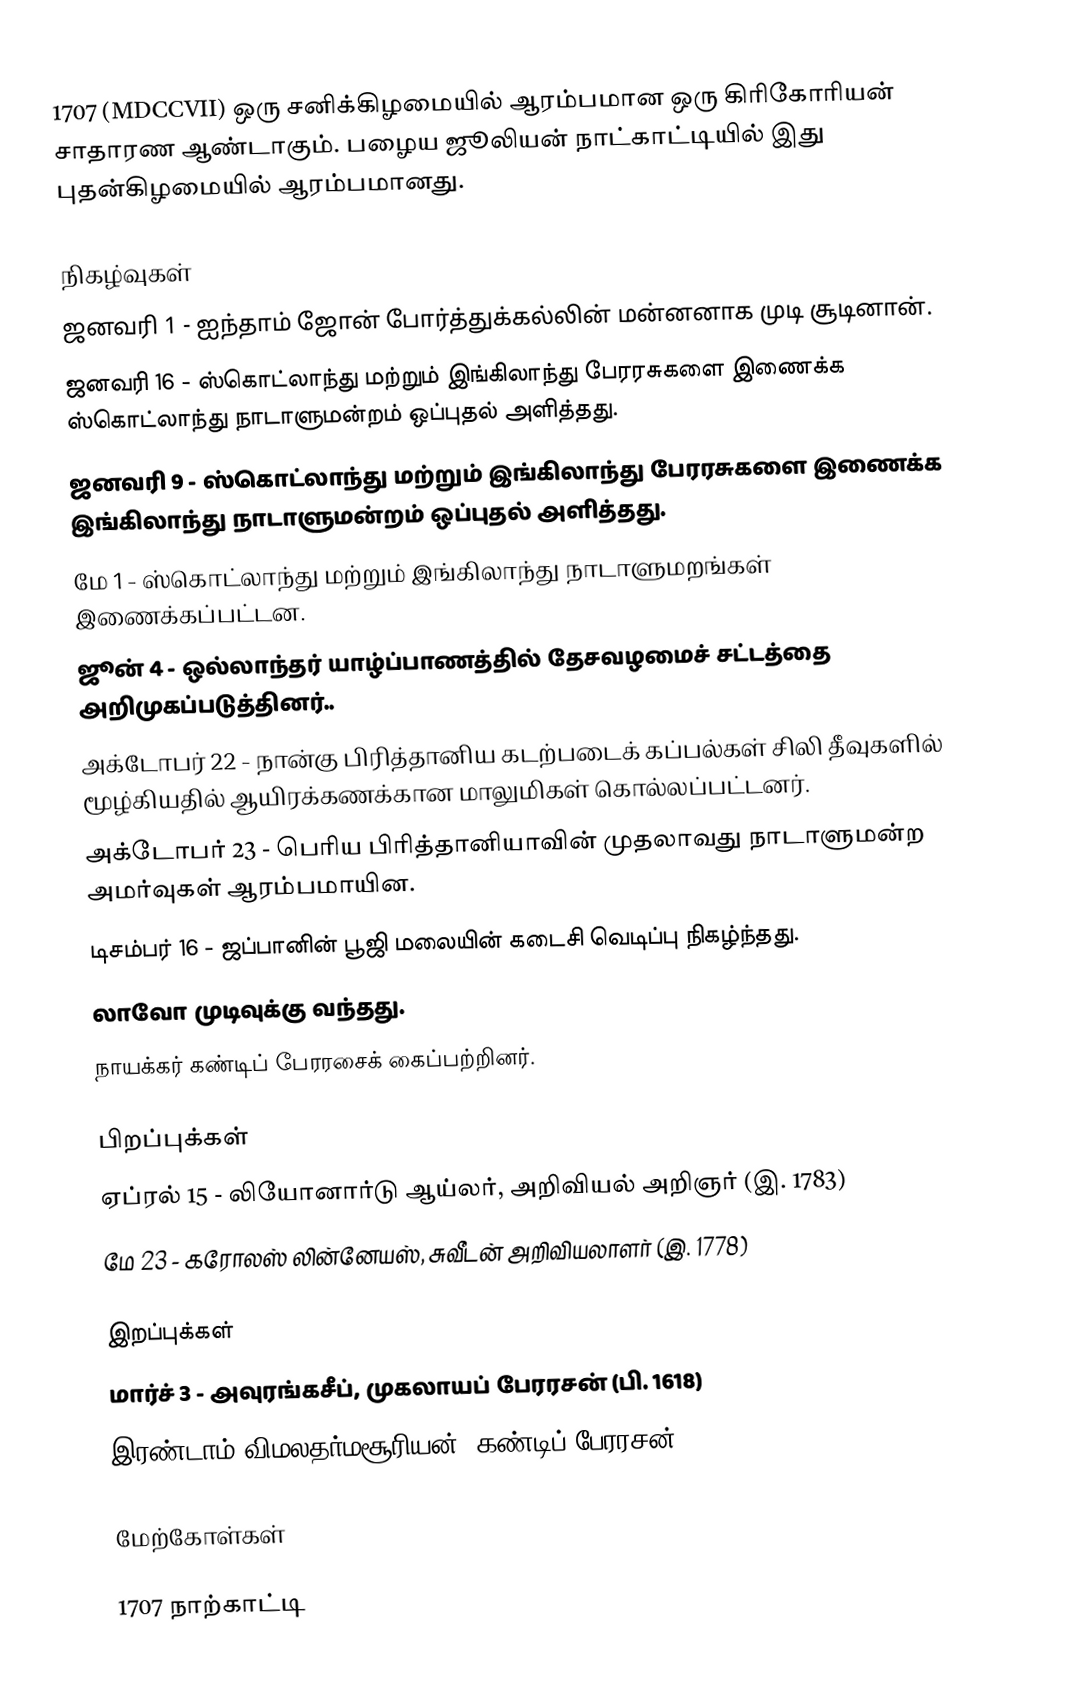
1707 (MDCCVII) ஒரு சனிக்கிழமையில் ஆரம்பமான ஒரு கிரிகோரியன் சாதாரண ஆண்டாகும். பழைய ஜூலியன் நாட்காட்டியில் இது புதன்கிழமையில் ஆரம்பமானது.

நிகழ்வுகள்
 ஜனவரி 1 - ஐந்தாம் ஜோன் போர்த்துக்கல்லின் மன்னனாக முடி சூடினான்.
 ஜனவரி 16 - ஸ்கொட்லாந்து மற்றும் இங்கிலாந்து பேரரசுகளை இணைக்க ஸ்கொட்லாந்து நாடாளுமன்றம் ஒப்புதல் அளித்தது.
 ஜனவரி 9 - ஸ்கொட்லாந்து மற்றும் இங்கிலாந்து பேரரசுகளை இணைக்க இங்கிலாந்து நாடாளுமன்றம் ஒப்புதல் அளித்தது.
 மே 1 - ஸ்கொட்லாந்து மற்றும் இங்கிலாந்து நாடாளுமறங்கள் இணைக்கப்பட்டன.
 ஜூன் 4 - ஒல்லாந்தர் யாழ்ப்பாணத்தில் தேசவழமைச் சட்டத்தை அறிமுகப்படுத்தினர்..
 அக்டோபர் 22 - நான்கு பிரித்தானிய கடற்படைக் கப்பல்கள் சிலி தீவுகளில் மூழ்கியதில் ஆயிரக்கணக்கான மாலுமிகள் கொல்லப்பட்டனர்.
 அக்டோபர் 23 - பெரிய பிரித்தானியாவின் முதலாவது நாடாளுமன்ற அமர்வுகள் ஆரம்பமாயின.
 டிசம்பர் 16 - ஜப்பானின் பூஜி மலையின் கடைசி வெடிப்பு நிகழ்ந்தது.
 லாவோ முடிவுக்கு வந்தது.
 நாயக்கர் கண்டிப் பேரரசைக் கைப்பற்றினர்.

பிறப்புக்கள்
 ஏப்ரல் 15 - லியோனார்டு ஆய்லர், அறிவியல் அறிஞர் (இ. 1783)
 மே 23 - கரோலஸ் லின்னேயஸ், சுவீடன் அறிவியலாளர் (இ. 1778)

இறப்புக்கள்
 மார்ச் 3 - அவுரங்கசீப், முகலாயப் பேரரசன் (பி. 1618)
 இரண்டாம் விமலதர்மசூரியன், கண்டிப் பேரரசன்

மேற்கோள்கள்

1707 நாற்காட்டி